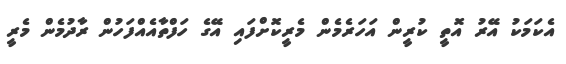
އެކަމަކު އޭރު އޮތީ ކުރީން އަހަރެމެން މެރީކޮށްފައި އޭގެ ހަފްތާއެއްފަހުން ރާދުމެން މެރީ